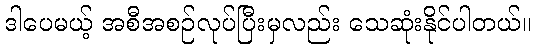
ဒါပေမယ့် အစီအစဉ်လုပ်ပြီးမှလည်း သေဆုံးနိုင်ပါတယ်။